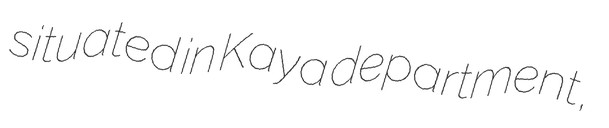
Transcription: situated in Kaya department,